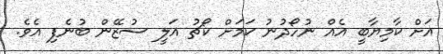
އަށް ކާމިޔާބީ އެއް ނުހޯދުނު ކަމަށް ކޯޗު އަލީ ސުޒޭން ބުނެފި އެވެ.